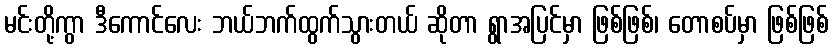
မင်းတို့ကွာ ဒီကောင်လေး ဘယ်ဘက်ထွက်သွားတယ် ဆိုတာ ရွာအပြင်မှာ ဖြစ်ဖြစ်၊ တောစပ်မှာ ဖြစ်ဖြစ်